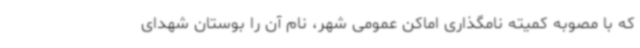
که با مصوبه کمیته نامگذاری اماکن عمومی شهر، نام آن را بوستان شهدای